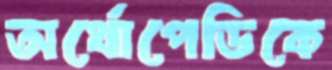
অর্থোপেডিকে